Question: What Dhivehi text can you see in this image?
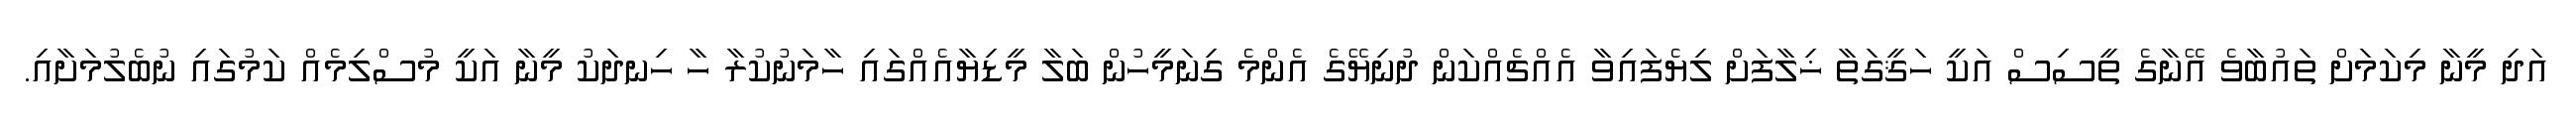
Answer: އަދި މީނާ މިކަމަށް ތައުބާވެ އޭނާގެ ތީސިސް އަކީ ހަޤީގަތާ ޚިލާފަށް ލިޔެފައިވާ އެއްޗެއްކަން ދުނިޔޭގެ އެންމެ ގިނަމީހުން ބަލާ މީޑިޔާއެއްގައި ހާމަނުކުރާ ހާ ހިނދަކު މީނާ އަކީ މުސްލިމެއް ކަމުގައި ނުބެލުމަށާއި.